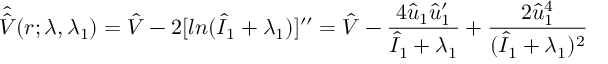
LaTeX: \hat { \hat { V } } ( r ; \lambda , \lambda _ { 1 } ) = \hat { V } - 2 [ l n ( \hat { I } _ { 1 } + \lambda _ { 1 } ) ] ^ { \prime \prime } = \hat { V } - \frac { 4 \hat { u } _ { 1 } \hat { u } _ { 1 } ^ { \prime } } { \hat { I } _ { 1 } + \lambda _ { 1 } } + \frac { 2 \hat { u } _ { 1 } ^ { 4 } } { ( \hat { I } _ { 1 } + \lambda _ { 1 } ) ^ { 2 } }